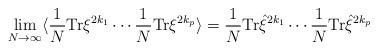
\begin{align*}\lim_{N \rightarrow \infty} \langle\frac{1}{N}{\rm Tr}\xi^{2k_{1}}\cdots\frac{1}{N} {\rm Tr}\xi^{2k_{p}}\rangle=\frac{1}{N}{\rm Tr}{\hat \xi}^{2k_{1}}\cdots \frac{1}{N}{\rm Tr}{\hat\xi}^{2k_{p}}\end{align*}